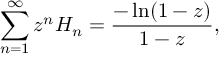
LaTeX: \sum _ { n = 1 } ^ { \infty } z ^ { n } H _ { n } = { \frac { - \ln ( 1 - z ) } { 1 - z } } ,